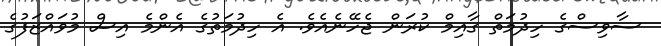
ސާވިސްގެ ހިދުމަތް ގާއިމް ކުރަން ޖެހޭނެއެވެ. އެ ހިދުމަތުގެ އެންމެ އިސް މުވައްޒަފުގެ